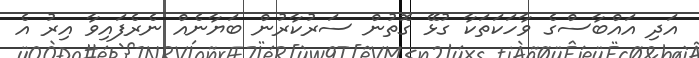
އަދި އައްބާސްގެ ވާހަކަތަކާ ގުޅޭ ގޮތުން ސަރުކާރުން ބަޔާނެއް ނެރެފައިވާ އިރު އެ